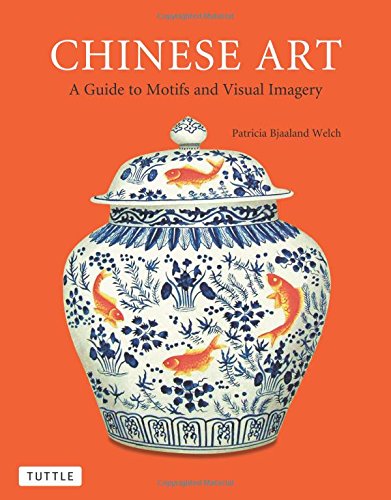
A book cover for Chinese Art: A Guide to Motifs and Visual Imagery; Patricia Bjaaland Welch; Crafts, Hobbies & Home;